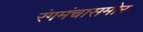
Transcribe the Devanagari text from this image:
रंगमंचासमोर